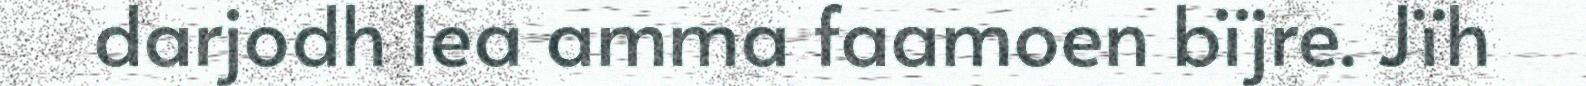
darjodh lea amma faamoen bïjre. Jïh